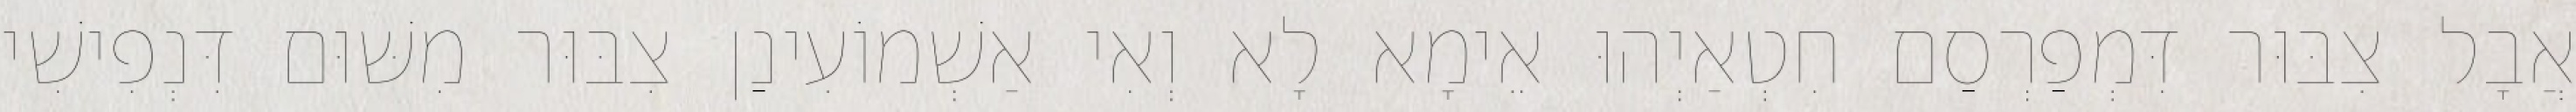
אֲבָל צִבּוּר דִּמְפַרְסַם חִטְאַיְהוּ אֵימָא לָא וְאִי אַשְׁמוֹעִינַן צִבּוּר מִשּׁוּם דִּנְפִישִׁי